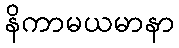
နိကာမယမာနာ